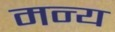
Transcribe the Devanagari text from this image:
मन्य